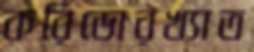
করিডোরখ্যাত